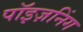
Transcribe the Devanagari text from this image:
पॉइज़निंग